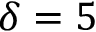
\delta = 5